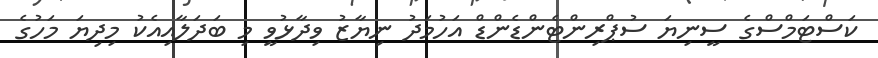
ކަސްޓަމްސްގެ ސީނިޔަ ސުޕްރިންޓެންޑެންޑް އަހުމަދު ނިޔާޒު ވިދާޅުވީ މި ބަދަލާއިއެކު މިދިޔަ މަހުގެ